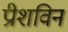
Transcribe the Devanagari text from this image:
प्रीशविन